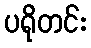
ပရိုတင်း